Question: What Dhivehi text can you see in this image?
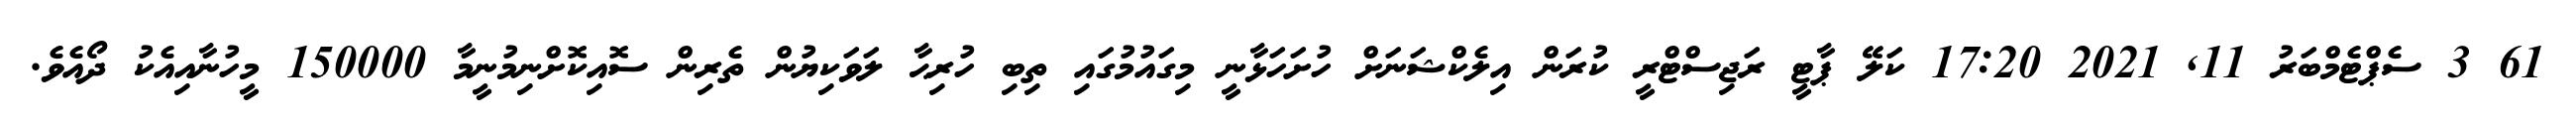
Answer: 61 3 ސެޕްޓެމްބަރު 11, 2021 17:20 ކަލޭ ޕާޓީ ރަޖިސްޓްރީ ކުރަން އިލެކްޝަނަށް ހުށަހަޅާނީ މިގައުމުގައި ތިބި ހުރިޙާ ލަވަކިޔުން ތެރިން ސޮއިކޮށްނިމުނީމާ 150000 މީހުނާއިއެކު ދޯއެވެ.